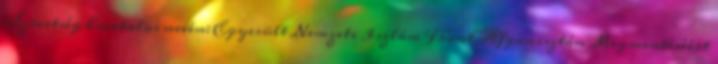
Szövetség hivatalos nevén: Egyesült Nemzeti Iszlám Front Afganisztán Megmentéséért